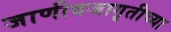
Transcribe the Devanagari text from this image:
जाणीवजागृतीच्या